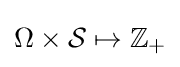
\Omega \times {\mathcal {S}}\mapsto \mathbb {Z} _{+}